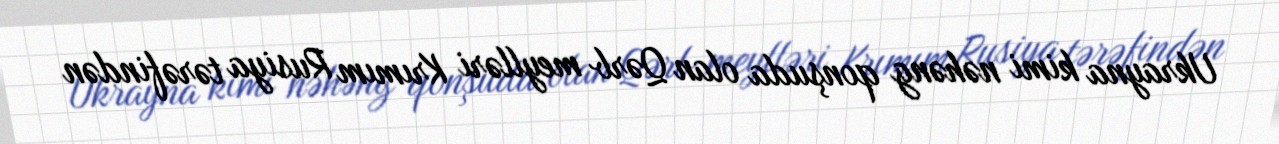
Ukrayna kimi nəhəng qonşuda olan Qərb meylləri Krımım Rusiya tərəfindən